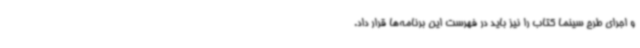
و اجرای طرح سینما کتاب را نیز باید در فهرست این برنامه‌ها قرار داد.